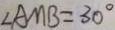
\angle A M B = 3 0 ^ { \circ }